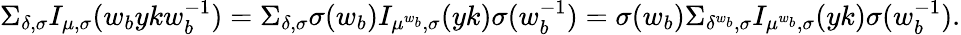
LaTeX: \Sigma_{\delta,\sigma}I_{\mu,\sigma}(w_{b}ykw_{b}^{-1})=\Sigma_{\delta,\sigma}\sigma(w_{b})I_{\mu^{w_{b}},\sigma}(yk)\sigma(w_{b}^{-1})=\sigma(w_{b})\Sigma_{\delta^{w_{b}},\sigma}I_{\mu^{w_{b}},\sigma}(yk)\sigma(w_{b}^{-1}).